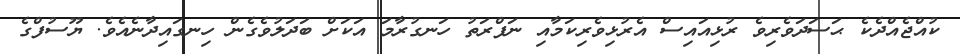
ކުއްޖެއްދެކެ ޙަސަދަވެރިވެ ރުޅިއައިސް އެރުޅިވެރިކަމާއި ނަފްރަތު ހަނގުރާމަ އަކަށް ބަދަލުވެގެން ހިނގައިދާނެއެވެ. ޔޫސުފްގެ